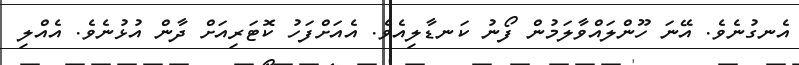
އެނގުނެވެ. އޭނަ ހޫންލައްވާލަމުން ފޯނު ކަނޑާލިއެވެ. އެއަށްފަހު ކޮޓަރިއަށް ދާން އުޅުނެވެ. އެއްލި